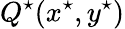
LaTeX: Q^{\star}(x^{\star},y^{\star})